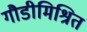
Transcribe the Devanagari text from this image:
गौडीमिश्रित